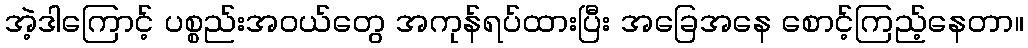
အဲ့ဒါကြောင့် ပစ္စည်းအဝယ်တွေ အကုန်ရပ်ထားပြီး အခြေအနေ စောင့်ကြည့်နေတာ။